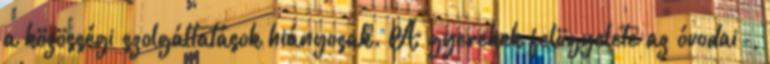
a közösségi szolgáltatások hiányosak. A gyerekek felügyelete az óvodai-,